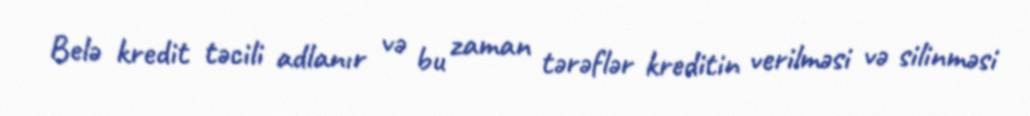
Belə kredit təcili adlanır və bu zaman tərəflər kreditin verilməsi və silinməsi